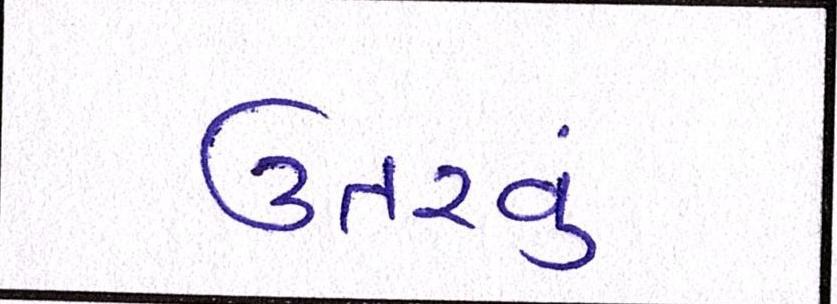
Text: ઉતરવું